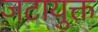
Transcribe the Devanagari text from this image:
जटायुक्त